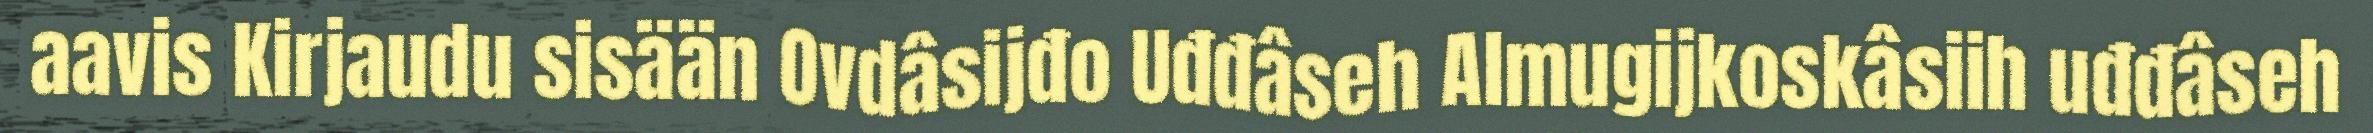
aavis Kirjaudu sisään Ovdâsijđo Uđđâseh Almugijkoskâsiih uđđâseh